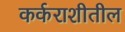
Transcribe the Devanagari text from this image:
कर्कराशीतील